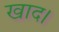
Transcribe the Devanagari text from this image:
खाद।